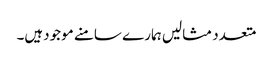
متعدد مثالیں ہمارے سامنے موجودہیں۔